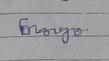
Signature authenticity: genuine